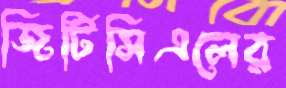
জিটিসিএলের